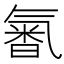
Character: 𣱩